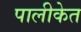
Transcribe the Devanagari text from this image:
पालीकेत